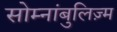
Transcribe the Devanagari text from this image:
सोम्नांबुलिज़्म